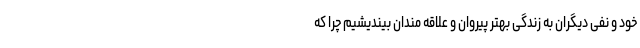
خود و نفی دیگران به زندگی بهتر پیروان و علاقه مندان بیندیشیم چرا که